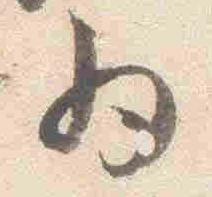
為